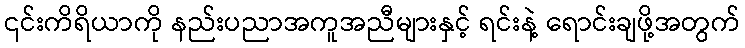
၎င်းကိရိယာကို နည်းပညာအကူအညီများနှင့် ရင်းနဲ့ ရောင်းချဖို့အတွက်